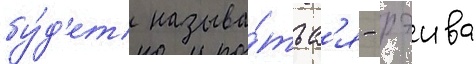
бу́д'ет называ́тьс'я - рэива